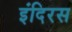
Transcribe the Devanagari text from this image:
इंदिरस